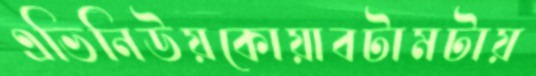
এভিনিউয়কোয়াবটামটায়